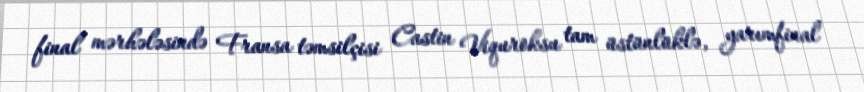
final mərhələsində Fransa təmsilçisi Castin Viquroksu tam üstünlüklə, yarımfinal